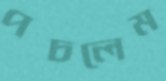
পচলেম